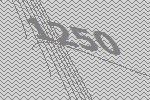
1250